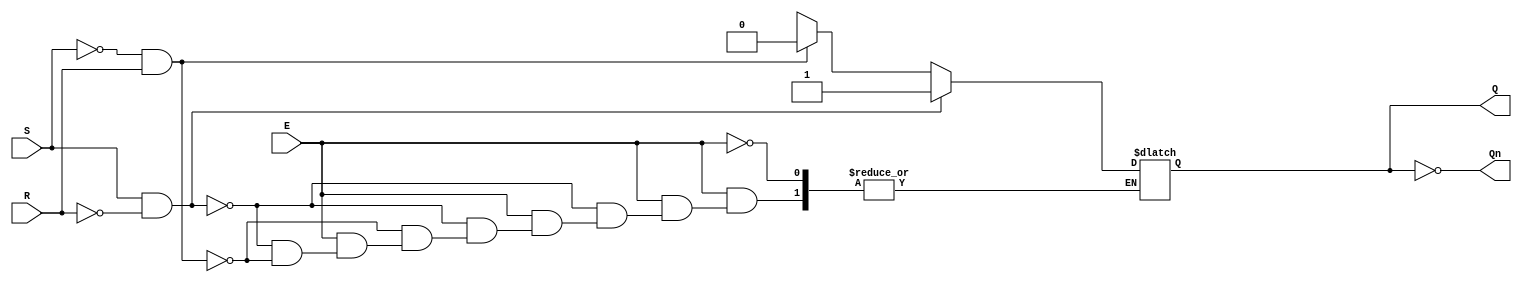
module gated_sr_latch (
    input wire S,      // Set input
    input wire R,      // Reset input
    input wire E,      // Enable input
    output reg Q,      // Output Q
    output wire Qn     // Complementary output Q'
);

    // Assign complementary output Q'
    assign Qn = ~Q;

    // Always block to implement the gated SR latch behavior
    always @(*) begin
        if (E) begin
            if (S && !R) begin
                Q = 1'b1;  // Set Q to 1
            end else if (!S && R) begin
                Q = 1'b0;  // Reset Q to 0
            end else if (S && R) begin
                // Invalid state: S and R both high
                // You can choose to handle this case as needed
                // For now, we will keep Q unchanged
                Q = Q; // Maintain previous state
            end else begin
                // When both S and R are low
                Q = Q; // Maintain previous state
            end
        end
        // If E is low, keep Q unchanged
    end

endmodule